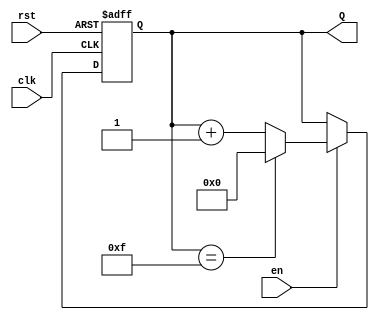
module binary_up_counter #(
    parameter N = 4  // Parameter for the number of bits in the counter
)(
    input wire clk,   // Clock signal
    input wire rst,   // Asynchronous reset
    input wire en,    // Enable signal
    output reg [N-1:0] Q  // n-bit output count
);

// Always block triggered on the rising edge of the clock
always @(posedge clk or posedge rst) begin
    if (rst) begin
        // Asynchronous reset
        Q <= 0;  // Reset count to 0
    end else if (en) begin
        // Increment the counter if enabled
        if (Q == (1 << N) - 1) begin
            Q <= 0;  // Wrap around to 0
        end else begin
            Q <= Q + 1;  // Increment the count
        end
    end
    // If enable is low, do nothing (hold current value)
end

endmodule